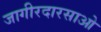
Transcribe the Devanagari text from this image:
जागीरदारसाओ